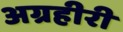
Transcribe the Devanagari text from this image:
अग्रहीरी